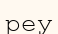
реу